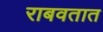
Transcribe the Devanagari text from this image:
राबवतात